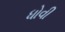
ધોવી